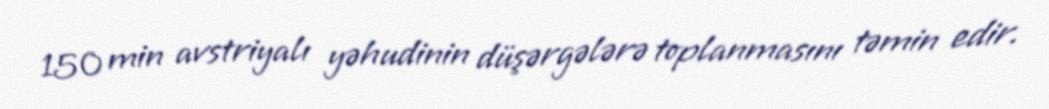
150 min avstriyalı yəhudinin düşərgələrə toplanmasını təmin edir.